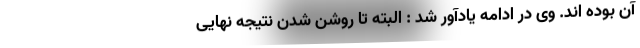
آن بوده اند. وی در ادامه یادآور شد : البته تا روشن شدن نتیجه نهایی